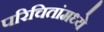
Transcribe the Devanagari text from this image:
परिचितांमध्ये